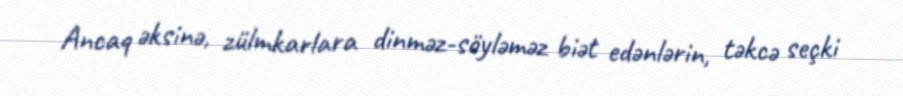
Ancaq əksinə, zülmkarlara dinməz-söyləməz biət edənlərin, təkcə seçki